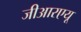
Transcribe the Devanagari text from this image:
जीआरएयू